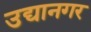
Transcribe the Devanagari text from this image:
उद्यानगर